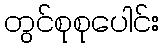
တွင်စုစုပေါင်း